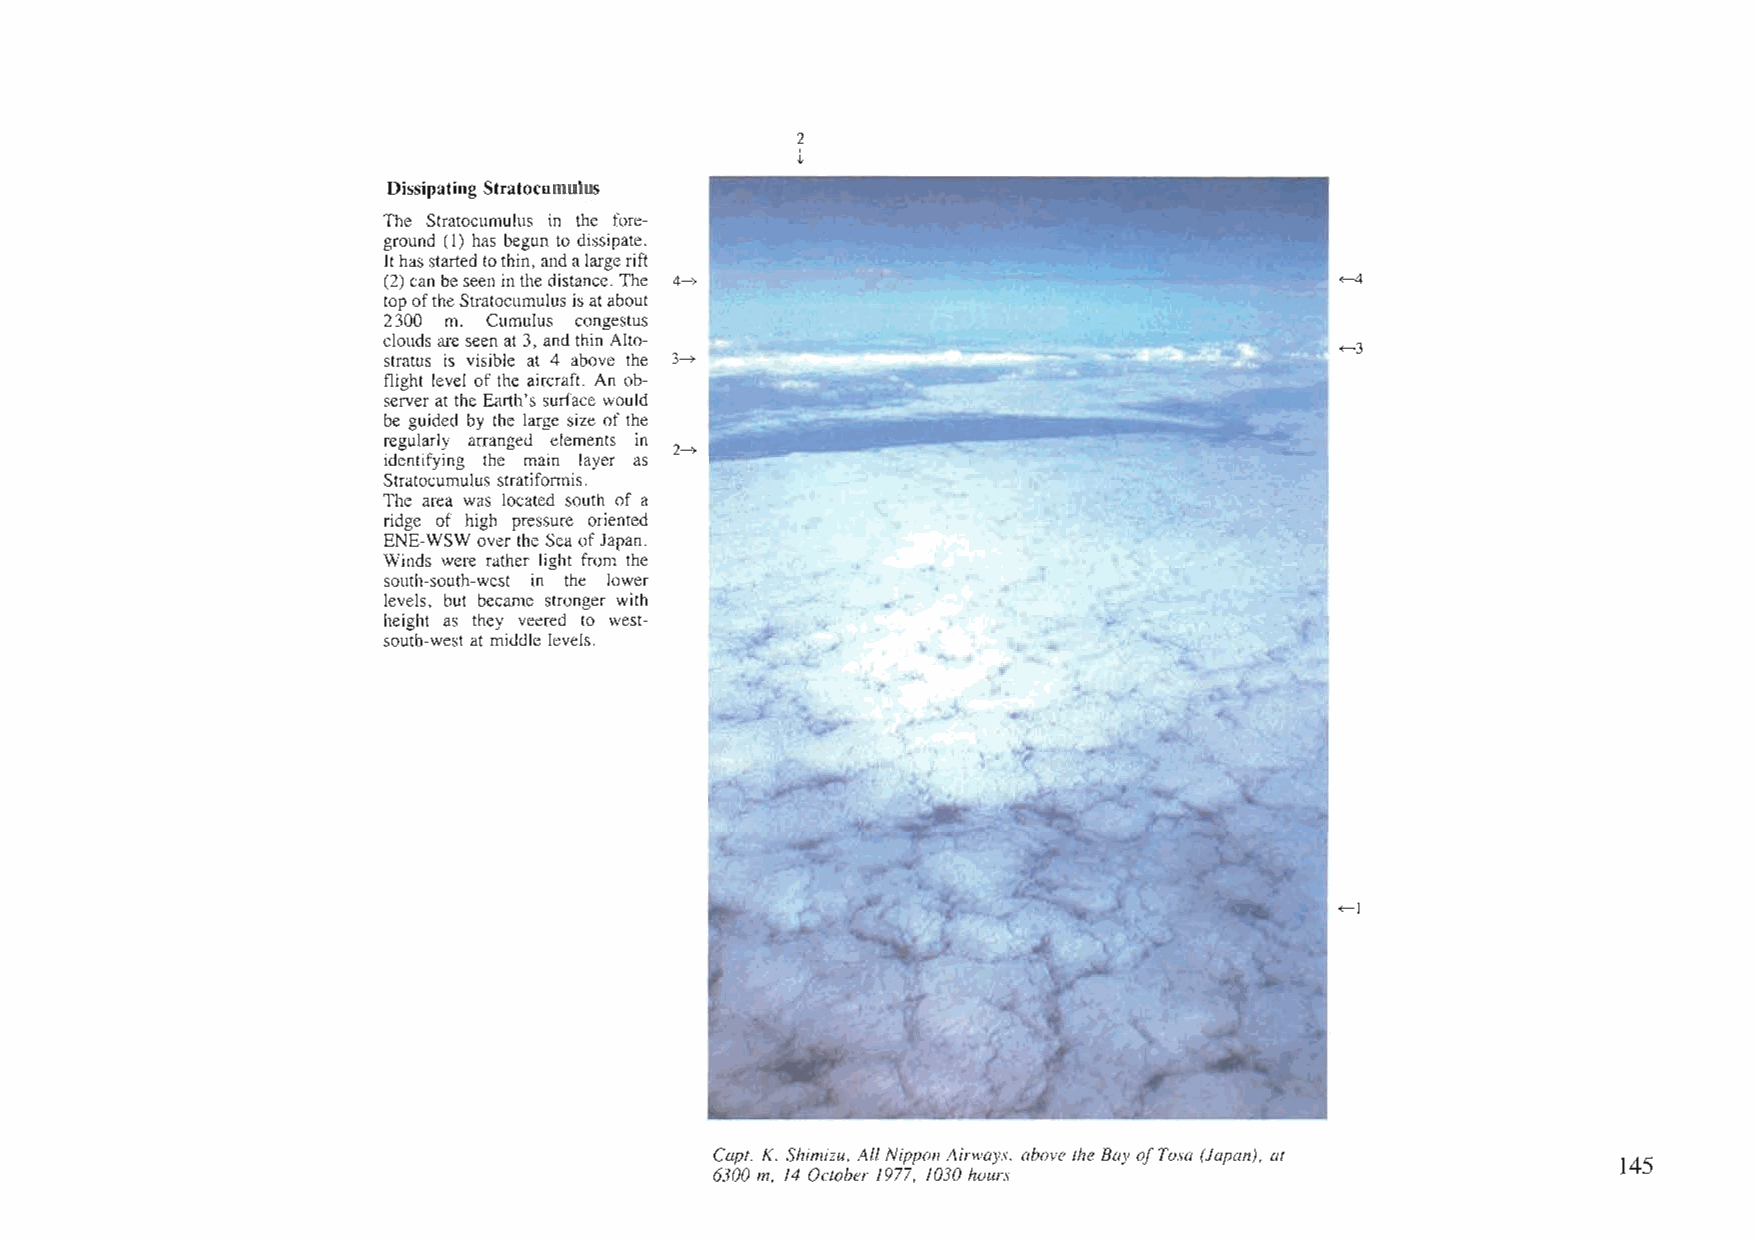
2
 t
 Dissipating Stratocumulus
 The Stratocumulus in the fore
 ground (I) has begun to dissipate.
 Ithasstartedtothin, andalargerift
 (2)can beseeninthedistance. The ~                               +-4
 topoftheStratocumulusisatabout
 2300 m. Cumulus congestus
 cloudsareseen at3, andthin Alto
 ~3
 stratus is visible at 4 above the 3~
 flight level of the aircraft. An ob I
 serverat the Earth's surface would
 ~~~:-~~~.'~'~~>~~'~-            ·';i''f~~.~,,·
 be guided by the large size of the
 regularly arranged elements in 2--+
 identifying the main layer as
 Stratocumulus stratiformis.
 The area was located south of a
 ridge of high pressure oriented
 ENE-WSW overthe SeaofJapan.
 Winds were rather light from the
 south-south-west in the lower
 levels, but became stronger with
 height as they veered to west
 south-west at middle levels.
 ~I
 Capt. K. Shimizu, AllNippon Airways, above the Bay ofTosa (Japan), at
 145
 6300 m, /4 October /977, /030 hours